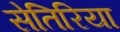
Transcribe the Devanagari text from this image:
सेतिरिया